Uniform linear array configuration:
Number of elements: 4
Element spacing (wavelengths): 0.5
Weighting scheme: hann
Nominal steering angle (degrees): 0
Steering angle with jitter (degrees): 0.5813
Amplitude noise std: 0.05
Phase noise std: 0.05

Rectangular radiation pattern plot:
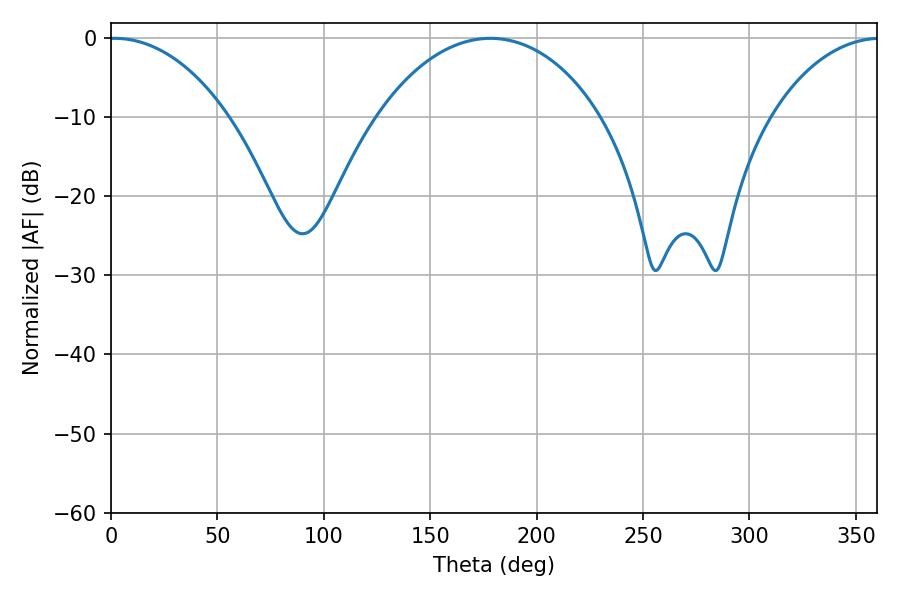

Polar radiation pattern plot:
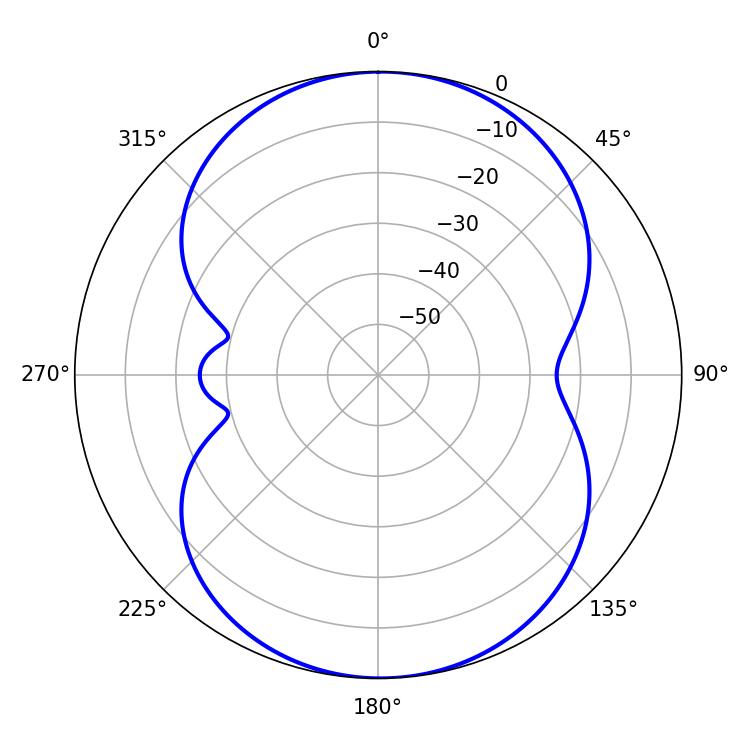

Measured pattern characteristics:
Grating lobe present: FALSE
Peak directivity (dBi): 13.765
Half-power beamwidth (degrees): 31.86
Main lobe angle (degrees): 1.8